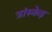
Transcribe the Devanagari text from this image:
त्रांस्केइ